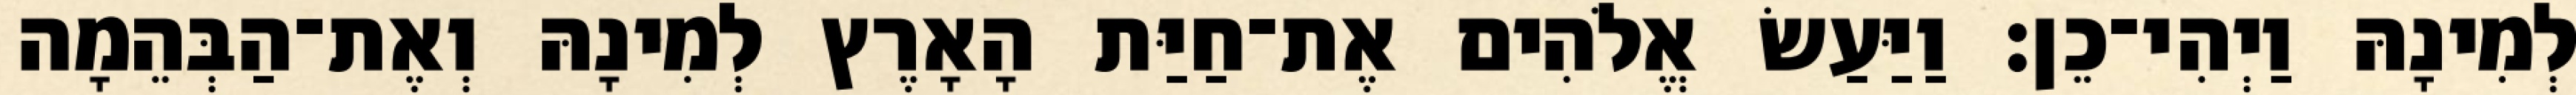
לְמִינָהּ וַיְהִי־כֵן׃ וַיַּעַשׂ אֱלֹהִים אֶת־חַיַּת הָאָרֶץ לְמִינָהּ וְאֶת־הַבְּהֵמָה